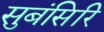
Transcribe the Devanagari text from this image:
सुबंसिरि